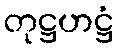
တုဋ္ဌဟဋ္ဌံ